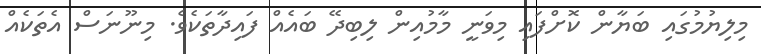
މިލިޔުމުގައި ބަޔާން ކޮށްފައި މިވަނީ މާމުއިން ލިބިދޭ ބައެއް ފައިދާތަކެވެ. މިނޫނަސް އެތަކެއް